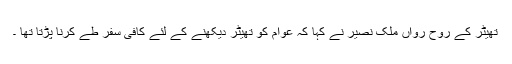
تھیٹر کے روح رواں ملک نصیر نے کہا کہ عوام کو تھیٹر دیکھنے کے لئے کافی سفر طے کرنا پڑتا تھا ۔